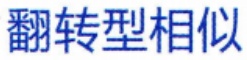
翻转型相似